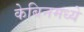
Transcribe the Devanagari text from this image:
केबिनमध्ये